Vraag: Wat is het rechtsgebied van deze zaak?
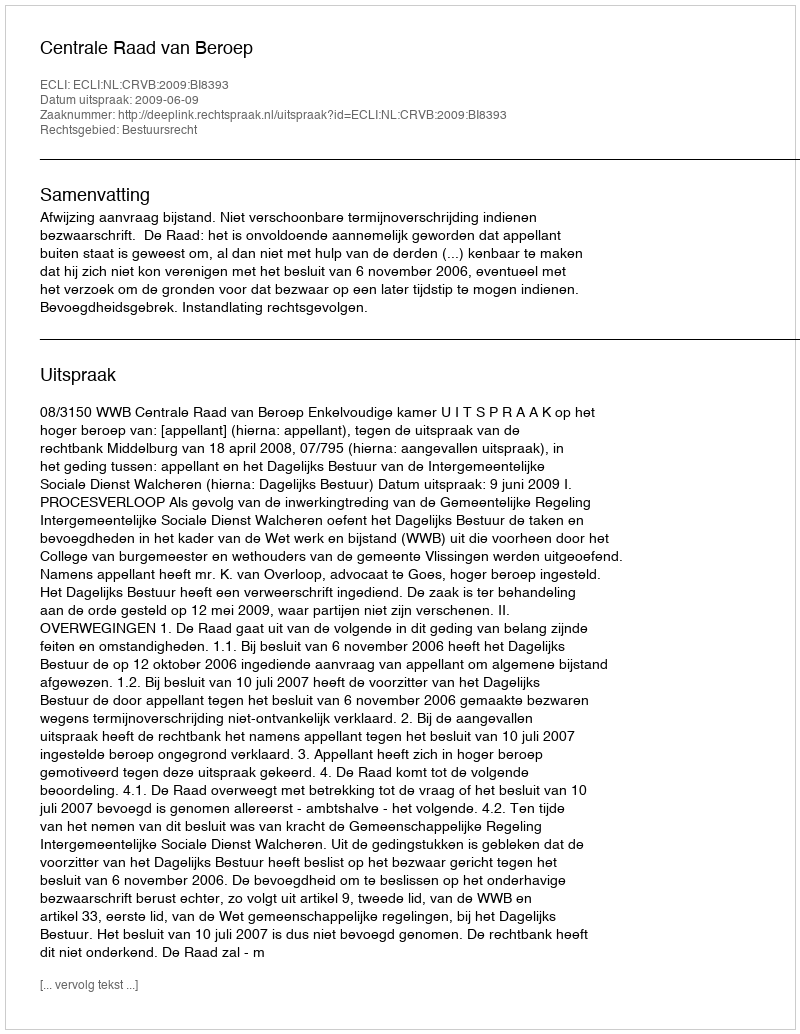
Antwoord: Bestuursrecht